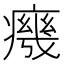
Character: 𭼧